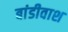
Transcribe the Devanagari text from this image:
बांडीवाश